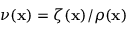
\nu ( \mathbf { x } ) = \zeta ( \mathbf { x } ) / \rho ( \mathbf { x } )